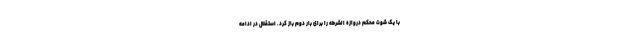
با یک شوت محکم دروازه الشرطه را برای بار دوم باز کرد. استقلال در ادامه